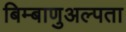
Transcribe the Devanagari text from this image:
बिम्बाणुअल्पता